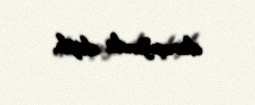
danışığında deyib.